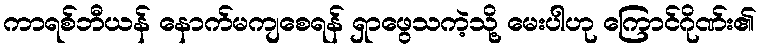
ကာရစ်ဘီယန် နောက်မကျစေရန် ရှာဖွေသကဲ့သို့ မေးပါဟု ကြောင်ဂိုဏ်း၏